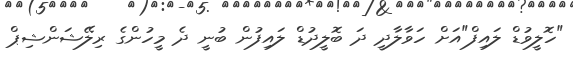
"ހޮލީވުޑް ލައިފް"އަށް ހަވާލާދީ ދަ ބޮލީދުޑް ލައިފުން ބުނީ ދެ މީހުންގެ ރިލޭޝަންޝިޕް